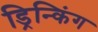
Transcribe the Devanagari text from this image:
ड्रिन्किंग